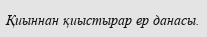
Қиыннан қиыстырар ер данасы.